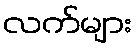
လက်များ